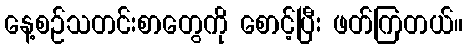
နေ့စဉ်သတင်းစာတွေကို စောင့်ပြီး ဖတ်ကြတယ်။